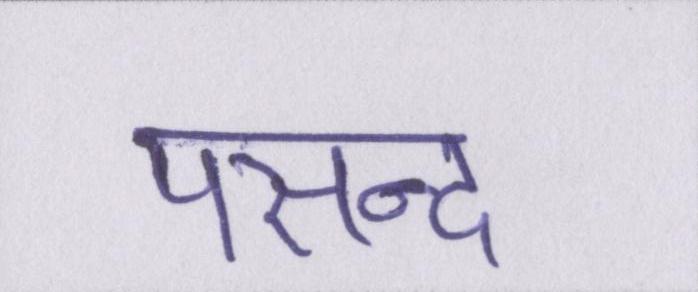
पसन्द